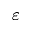
\varepsilon